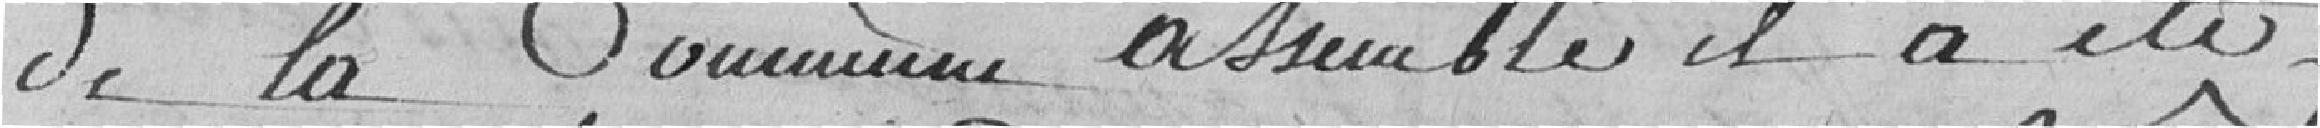
de la commune assemblée, il a été